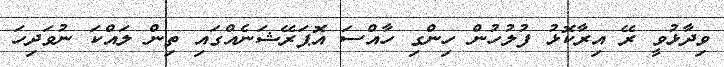
ވިދާޅުވީ ރޭ އިރާކޮޅު ފުލުހުން ހިންގި ހާއްސަ އޮޕަރޭޝަނެއްގައި ތިން ލައްކަ ނުވަދިހަ